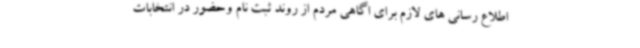
اطلاع رسانی های لازم برای اگاهی مردم از روند ثبت نام وحضور در انتخابات